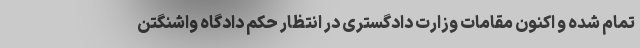
تمام شده و اکنون مقامات وزارت دادگستری در انتظار حکم دادگاه واشنگتن